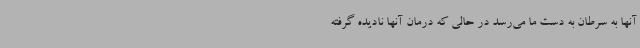
آنها به سرطان به دست ما می‌رسد در حالی که درمان آنها نادیده گرفته